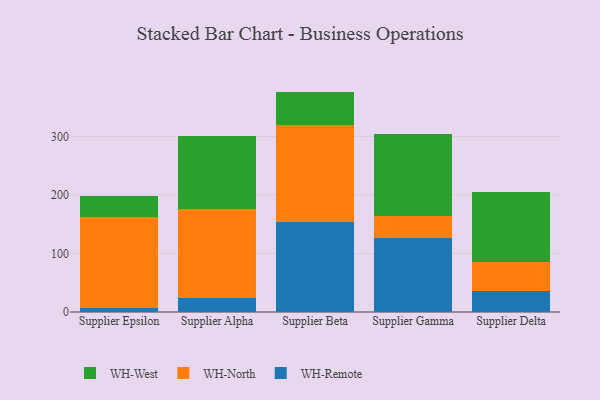
{"axis": {"x": "Supplier", "y": "Production Output"}, "legend": ["WH-North", "WH-Remote", "WH-West"], "data": [{"x": "Supplier Epsilon", "y": 7.6, "type": "WH-Remote"}, {"x": "Supplier Epsilon", "y": 154.9, "type": "WH-North"}, {"x": "Supplier Epsilon", "y": 35.0, "type": "WH-West"}, {"x": "Supplier Alpha", "y": 23.3, "type": "WH-Remote"}, {"x": "Supplier Alpha", "y": 152.2, "type": "WH-North"}, {"x": "Supplier Alpha", "y": 124.4, "type": "WH-West"}, {"x": "Supplier Beta", "y": 153.2, "type": "WH-Remote"}, {"x": "Supplier Beta", "y": 166.5, "type": "WH-North"}, {"x": "Supplier Beta", "y": 56.8, "type": "WH-West"}, {"x": "Supplier Gamma", "y": 127.2, "type": "WH-Remote"}, {"x": "Supplier Gamma", "y": 37.6, "type": "WH-North"}, {"x": "Supplier Gamma", "y": 140.1, "type": "WH-West"}, {"x": "Supplier Delta", "y": 35.3, "type": "WH-Remote"}, {"x": "Supplier Delta", "y": 50.2, "type": "WH-North"}, {"x": "Supplier Delta", "y": 119.1, "type": "WH-West"}]}